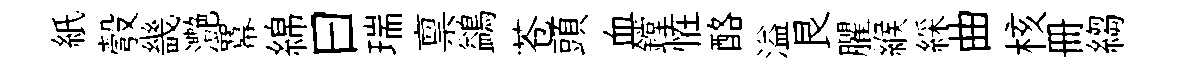
紙彀畿灔羃綿曰瑞禀鷁苍頭血鏜恠酪溢艮臞緱綵曲核册縐